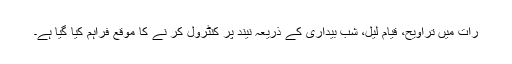
رات میں تراویح، قیامِ لیل، شب بیداری کے ذریعہ نیند پر کنٹرول کر نے کا موقع فراہم کیا گیا ہے۔